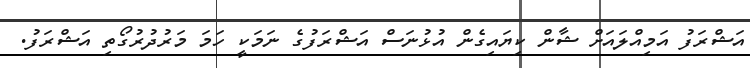
އަޝްރަފު އަމިއްލައަށް ޝާން ކިޔައިގެން އުޅުނަސް އަޝްރަފުގެ ނަމަކީ ހަމަ މަރުދުރުގޯތި އަޝްރަފު.